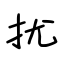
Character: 扰